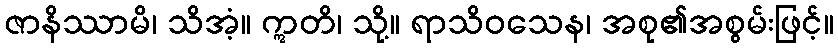
ဇာနိဿာမိ၊ သိအံ့။ ဣတိ၊ သို့။ ရာသိဝသေန၊ အစု၏အစွမ်းဖြင့်။